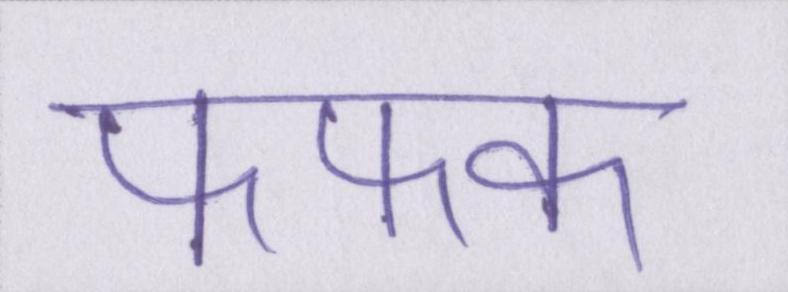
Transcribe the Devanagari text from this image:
फफक